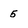
Character: 5